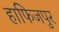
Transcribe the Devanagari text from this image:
हाफिजपुर